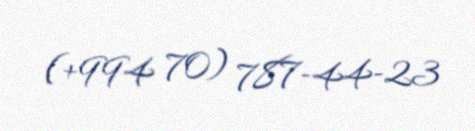
(+994 70) 787-44-23